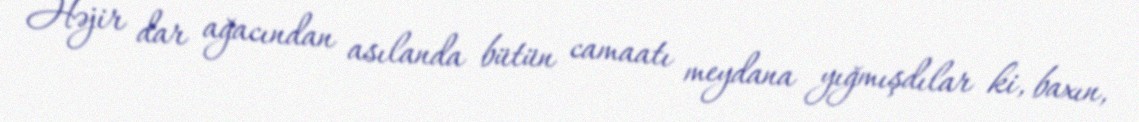
Həjir dar ağacından asılanda bütün camaatı meydana yığmışdılar ki, baxın,